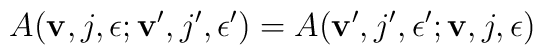
A({\bf v},j,\epsilon;{\bf v}',j',\epsilon')=A({\bf v}',j',\epsilon';{\bf v},j,\epsilon)